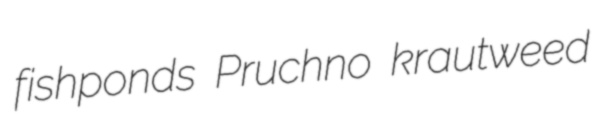
fishponds Pruchno krautweed